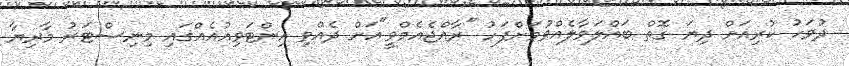
ދުވަހު ކުރިއަށް ދިޔަ ގޮތް ބައްލަވާލެއްވުމަށްފަހު "ރާއްޖެއެމްވީ"އަށް ދެއްވި އިންޓަވިއުއެއްގައި މިނިސްޓަރު މާރިޔާ